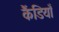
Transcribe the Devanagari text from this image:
कैंडियाँ